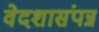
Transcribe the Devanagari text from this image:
वेदशासंपन्न